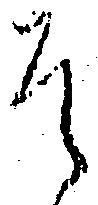
な